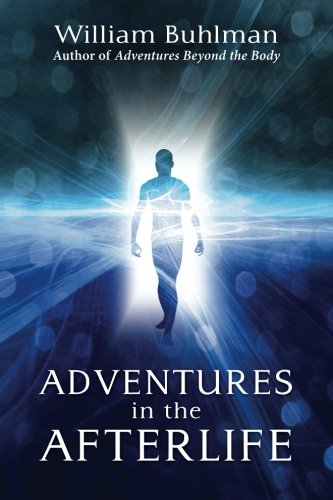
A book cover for Adventures in the Afterlife; William Buhlman; Religion & Spirituality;